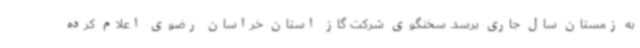
به زمستان سال جاری برسد. سخنگوی شرکت گاز استان خراسان رضوی اعلام کرده